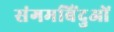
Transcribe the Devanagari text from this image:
संगमबिंदुओं